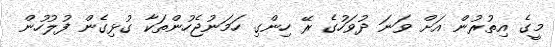
މީގެ އިތުރުން އަށް ވަނަ ދުވަހުގެ ރޭ ހިންގި ހަމަނުޖެހުންތަކާ ގުޅިގެން ފުލުހުން